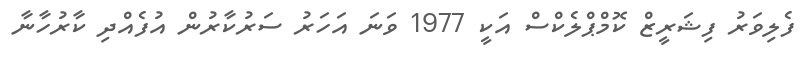
ފެލިވަރު ފިޝަރީޒް ކޮމްޕްލެކްސް އަކީ 1977 ވަނަ އަހަރު ސަރުކާރުން އުފެއްދި ކާރުހާނާ